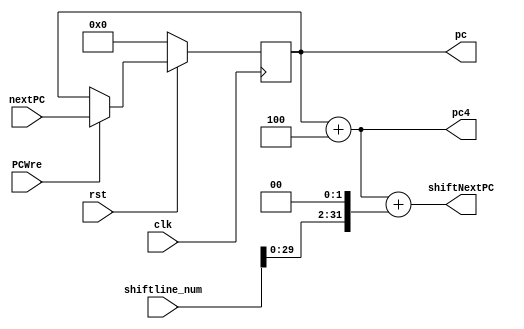
`timescale 1ns / 1ps
//////////////////////////////////////////////////////////////////////////////////
// Company:
// Engineer:
//
// Design Name:
// Module Name: PC
// Project Name:
// Target Devices:
// Tool Versions:
// Description:
//
// Dependencies:
//
// Revision:
// Revision 0.01 - File Created
// Additional Comments:
//
//////////////////////////////////////////////////////////////////////////////////


module PC( clk, rst, PCWre, nextPC, shiftline_num, pc, pc4, shiftNextPC);
    input clk, rst, PCWre;
    input [31:0] nextPC;
    input [31:0] shiftline_num;

    output wire [31:0] pc;
    output reg [31:0] pc4;
    output reg [31:0] shiftNextPC;

    reg [31:0] curPC;

    assign pc = curPC;

    always@( posedge clk) begin
        if( rst == 0 ) curPC = 0;
        else begin
            if (PCWre) curPC = nextPC;
        end
    end

    always@(curPC) begin
        pc4 = curPC + 4;
    end

    always @ ( shiftline_num ) begin
        shiftNextPC = pc4 + {shiftline_num[29:0], 2'b00};
    end

endmodule